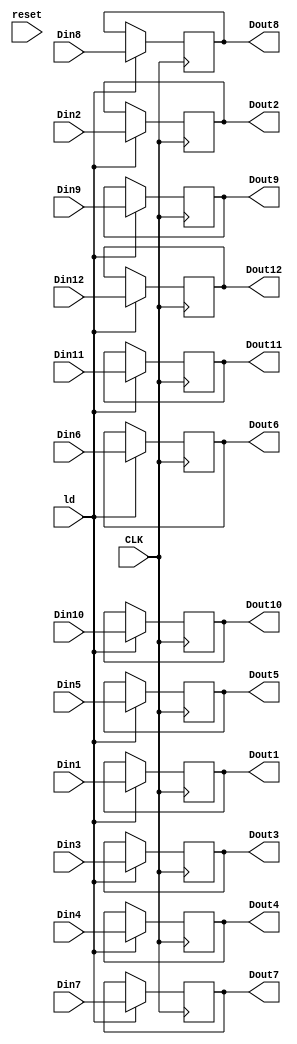
module reg96bitV (ld, reset, CLK, Dout1, Dout2, Dout3, Dout4, Dout5, Dout6, Dout7, Dout8, Dout9, Dout10, Dout11, Dout12,
				Din1, Din2, Din3, Din4, Din5, Din6, Din7, Din8, Din9, Din10, Din11, Din12);
	input reset, ld;
	input CLK;
	input [7:0] Din1, Din2, Din3, Din4, Din5, Din6, Din7, Din8, Din9, Din10, Din11, Din12;
	
	output [7:0] Dout1, Dout2, Dout3, Dout4, Dout5, Dout6, Dout7, Dout8, Dout9, Dout10, Dout11, Dout12;
	reg [7:0] Dout1, Dout2, Dout3, Dout4, Dout5, Dout6, Dout7, Dout8, Dout9, Dout10, Dout11, Dout12;
	
	always @ (negedge CLK )
		begin
			/*if(reset)
				begin
					Dout1 <= 0;
					Dout2 <= 0;
					Dout3 <= 0;
					Dout4 <= 0;
					Dout5 <= 0;
					Dout6 <= 0;
					Dout7 <= 0;
					Dout8 <= 0;
					Dout9 <= 0;
					Dout10 <= 0;
					Dout11 <= 0;
					Dout12 <= 0;
				end	
			else*/
			 if (ld ==1'b1)
				begin
					Dout1 <= Din1;
					Dout2 <= Din2;
					Dout3 <= Din3;
					Dout4 <= Din4;
					Dout5 <= Din5;
					Dout6 <= Din6;
					Dout7 <= Din7;
					Dout8 <= Din8;
					Dout9 <= Din9;
					Dout10 <= Din10;
					Dout11 <= Din11;
					Dout12 <= Din12;
				end
			else
				begin
					Dout1 <= Dout1;
					Dout2 <= Dout2;
					Dout3 <= Dout3;
					Dout4 <= Dout4;
					Dout5 <= Dout5;
					Dout6 <= Dout6;
					Dout7 <= Dout7;
					Dout8 <= Dout8;
					Dout9 <= Dout9;
					Dout10 <= Dout10;
					Dout11 <= Dout11;
					Dout12 <= Dout12;
				end
		end
				
endmodule